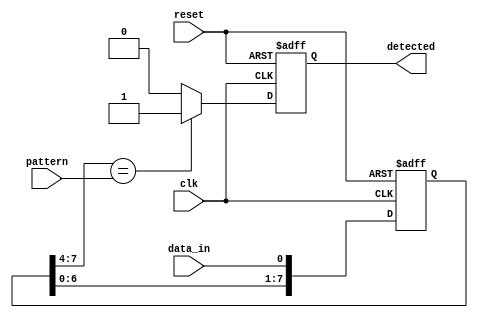
module pattern_detector #(
    parameter DATA_WIDTH = 8,  // Width of the input data
    parameter PATTERN_LENGTH = 4 // Length of the pattern to detect
)(
    input wire clk,               // Clock signal
    input wire reset,             // Reset signal
    input wire data_in,           // Input data bit
    input wire [DATA_WIDTH-1:0] pattern, // Pattern to detect
    output reg detected           // Output signal indicating detection
);

// Shift register to hold the incoming data
reg [DATA_WIDTH-1:0] shift_reg;

// Initialize shift register and detection signal
always @(posedge clk or posedge reset) begin
    if (reset) begin
        shift_reg <= 0;
        detected <= 0;
    end else begin
        // Shift the register left and insert the new data bit
        shift_reg <= {shift_reg[DATA_WIDTH-2:0], data_in};
        
        // Check for pattern match
        if (shift_reg[DATA_WIDTH-1:PATTERN_LENGTH] == pattern) begin
            detected <= 1; // Pattern detected
        end else begin
            detected <= 0; // No pattern detected
        end
    end
end

endmodule